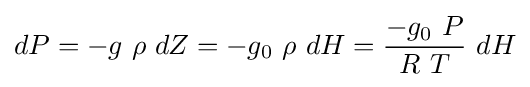
{dP}={-g}\ {\rho }\ {dZ}={-g_{0}}\ {\rho }\ {dH}={\frac {-g_{0}\ P}{R\ T}}\ {dH}